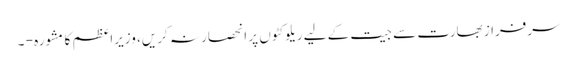
سرفراز بھارت سے جیت کے لیے ریلوکٹوں پر انحصار نہ کریں، وزیراعظم کا مشورہ - ۔